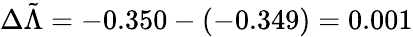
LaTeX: \Delta\tilde{\Lambda}=-0.350-(-0.349)=0.001